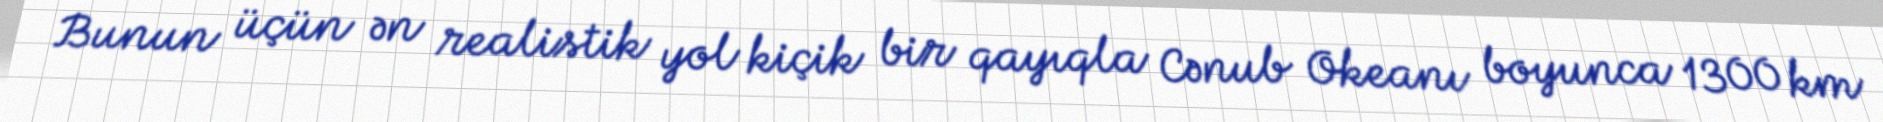
Bunun üçün ən realistik yol kiçik bir qayıqla Cənub Okeanı boyunca 1300 km